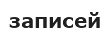
записей